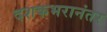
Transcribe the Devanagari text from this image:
दशकभरानंतर